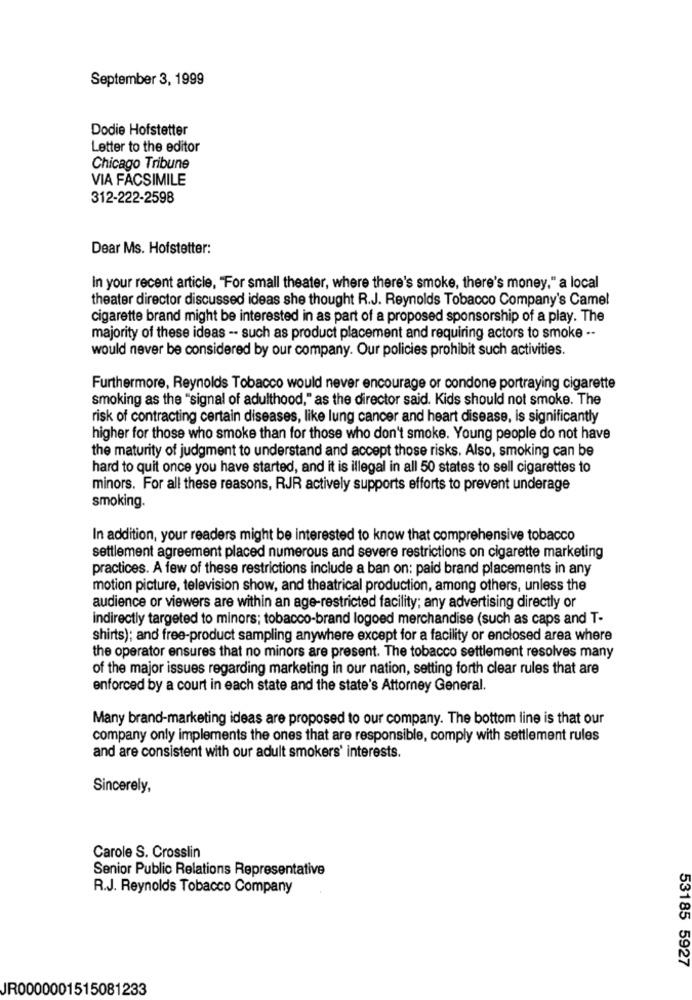
September 3, 1999
Dodie Hofstetter
Letter to the editor
Chicago Tribune
VIA FACSIMILE
312-222-2598
Dear Ms. Hofstetter:
In your recent article, "For small theater, where there's smoke, there's money," a local
theater director discussed ideas she thought R.J. Reynolds Tobacco Company's Came!
cigarette brand might be interested in as part of a proposed sponsorship of a play. The
majority of these ideas -- such as product placement and requiring actors to smoke --
would never be considered by our company. Our policies prohibit such activities.
Furthermore, Reynolds Tobacco would never encourage or condone portraying cigarette
smoking as the "signal of adulthood," as the director said. Kids should not smoke. The
risk of contracting certain diseases, like lung cancer and heart disease, is significantly
higher for those who smoke than for those who don't smoke. Young people do not have
the maturity of judgment to understand and accept those risks. Also, smoking can be
hard to quit once you have started, and it is illegal in all 50 states to sell cigarettes to
minors. For all these reasons, RJR actively supports efforts to prevent underage
smoking.
In addition, your readers might be interested to know that comprehensive tobacco
settlement agreement placed numerous and severe restrictions on cigarette marketing
practices. A few of these restrictions include a ban on: paid brand placements in any
motion picture, television show, and theatrical production, among others, unless the
audience or viewers are within an age-restricted facility; any advertising directly or
indirectly targeted to minors; tobacco-brand logoed merchandise (such as caps and T-
shirts); and free-product sampling anywhere except for a facility or enclosed area where
the operator ensures that no minors are present. The tobacco settlement resolves many
of the major issues regarding marketing in our nation, setting forth clear rules that are
enforced by a court in each state and the state's Attorney General.
Many brand-marketing ideas are proposed to our company. The bottom line is that our
company only implements the ones that are responsible, comply with settlement rules
and are consistent with our adult smokers' interests.
Sincerely,
Carole S. Crosslin
Senior Public Relations Representative
R.J. Reynolds Tobacco Company
53185 5927
JR0000001515081233